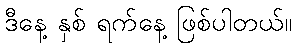
ဒီနေ့ နှစ် ရက်နေ့ ဖြစ်ပါတယ်။